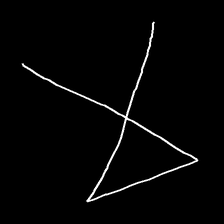
Glyph: collection